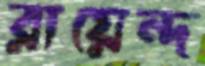
রায়েন্দ